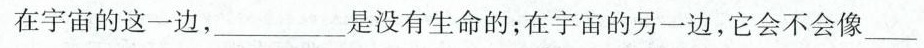
(3分)在宇宙的这一边，___是没有生命的；在宇宙的另一边，它会不会像___